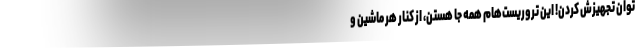
توان تجهیزش کردن! این تروریست‌هام همه جا هستن، از کنار هر ماشین و